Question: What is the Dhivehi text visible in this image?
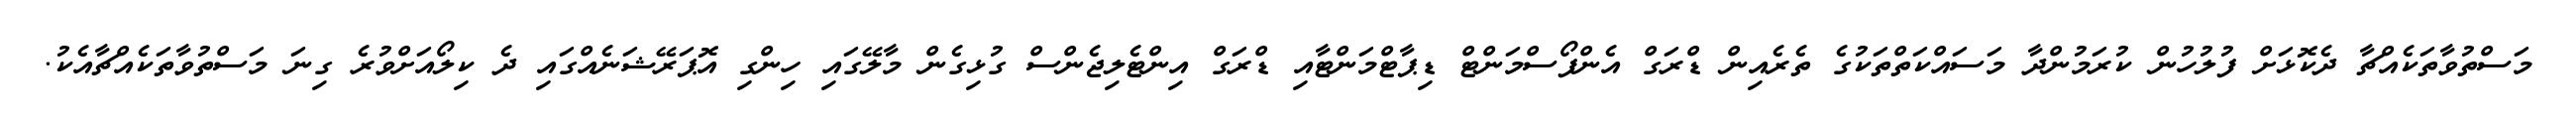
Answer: މަސްތުވާތަކެއްޗާ ދެކޮޅަށް ފުލުހުން ކުރަމުންދާ މަސައްކަތްތަކުގެ ތެރެއިން ޑްރަގް އެންފޯސްމަންޓް ޑިޕާޓްމަންޓާއި ޑްރަގް އިންޓެލިޖެންސް ގުޅިގެން މާލޭގައި ހިންގި އޮޕަރޭޝަނެއްގައި ދެ ކިލޯއަށްވުރެ ގިނަ މަސްތުވާތަކެއްޗާއެކު.